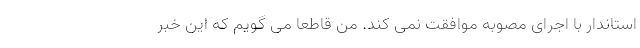
استاندار با اجرای مصوبه موافقت نمی کند. من قاطعا می گویم که این خبر